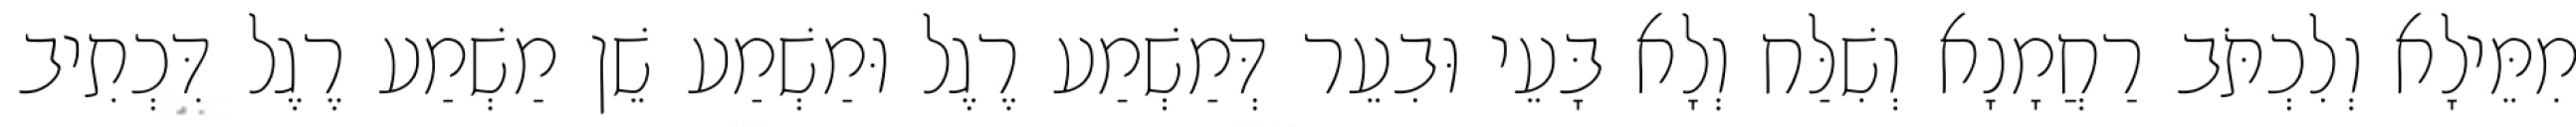
מִמֵּילָא וְלִכְתֹּב רַחֲמָנָא וְשִׁלַּח וְלָא בָּעֵי וּבִעֵר דְּמַשְׁמַע רֶגֶל וּמַשְׁמַע שֵׁן מַשְׁמַע רֶגֶל דִּכְתִיב